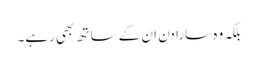
بلکہ وہ سارا دن ان کے ساتھ بھی رہے۔